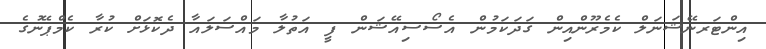
އިންޓަރނޭޝަނަލް ކެމެރޫންއިން ގަދަކަމުން އެސޯސިއޭޝަން ފީ އަތުލާ މައްސަލައާ ދެކޮޅަށް ކުރާ ކެމްޕޭނުގެ